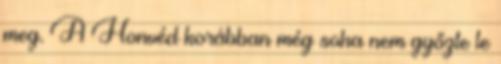
meg. A Honvéd korábban még soha nem győzte le